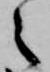
之